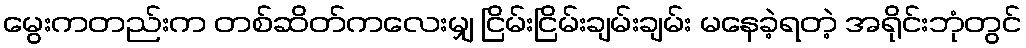
မွေးကတည်းက တစ်ဆိတ်ကလေးမျှ ငြိမ်းငြိမ်းချမ်းချမ်း မနေခဲ့ရတဲ့ အရိုင်းဘုံတွင်